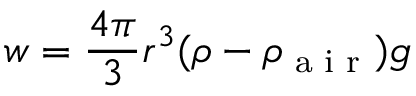
{ \boldsymbol { w } } = { \frac { 4 \pi } { 3 } } r ^ { 3 } ( \rho - \rho _ { \textrm { a i r } } ) { \boldsymbol { g } }